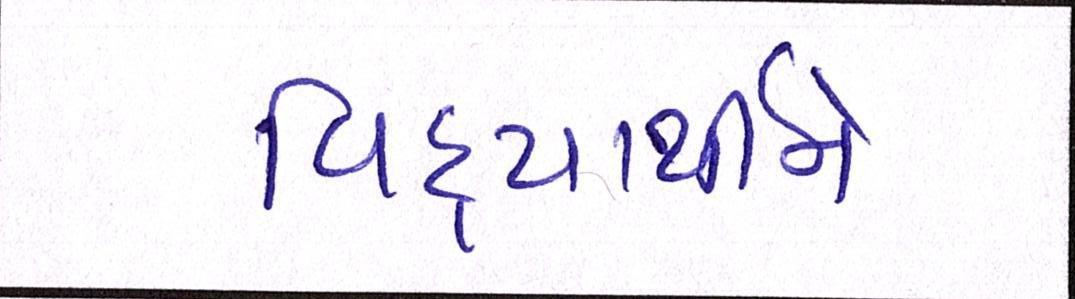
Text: વિદ્યાર્થીને